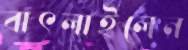
বাৎলাইলেন